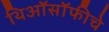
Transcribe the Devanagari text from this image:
थिऑसॉफीचे